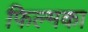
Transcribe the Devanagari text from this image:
फिल्मका